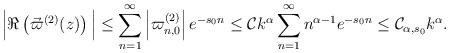
LaTeX: \begin{align*} \Big|\Re \left( \vec{\varpi}^{(2)}(z) \right) \Big| & \leq \sum\limits_{n=1}^{\infty} \left|\varpi_{n,0}^{(2)}\right| e^{-s_0n} \leq \mathcal{C}k^{\alpha} \sum\limits_{n=1}^{\infty} n^{\alpha-1} e^{-s_0n} \leq \mathcal{C}_{\alpha,s_0} k^{\alpha}. \end{align*}